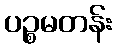
ပဉ္စမတန်း